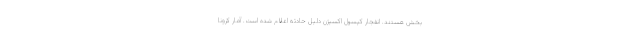
بخش هستند. انفجار کپسول اکسیژن دلیل حادثه اعلام شده است. آمار کرونا